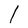
Character: l